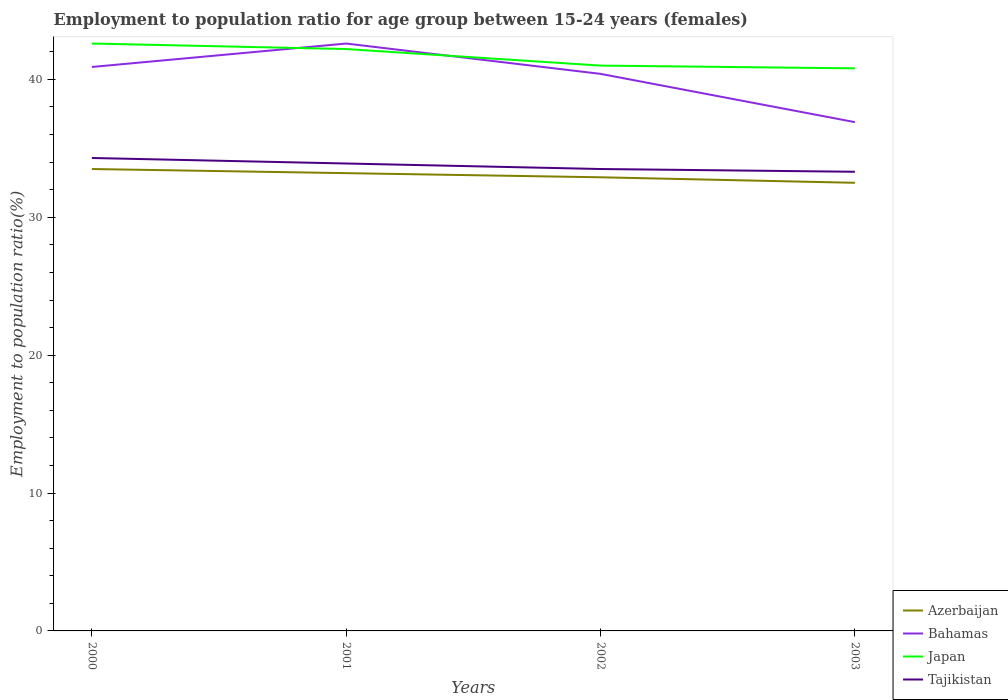
| Years | Azerbaijan | Bahamas | Japan | Tajikistan |
 | --- | --- | --- | --- | --- |
 | 2000 | 33.5 | 40.9 | 42.6 | 34.3 |
 | 2001 | 33.2 | 42.6 | 42.2 | 33.9 |
 | 2002 | 32.9 | 40.4 | 41 | 33.5 |
 | 2003 | 32.5 | 36.9 | 40.8 | 33.3 |